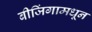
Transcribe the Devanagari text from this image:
बीजिंगामधून